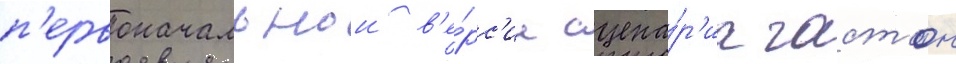
п'ервоначальнои в'е́рс'ии сцена́р'иа гастон